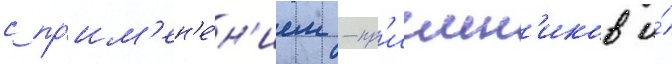
с пр'им'ен'е́н'ием -пр'иемн'иков и́